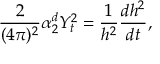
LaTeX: \frac { 2 } { ( 4 \pi ) ^ { 2 } } \alpha _ { 2 } ^ { d } Y _ { t } ^ { 2 } = \frac { 1 } { h ^ { 2 } } \frac { d h ^ { 2 } } { d t } ,